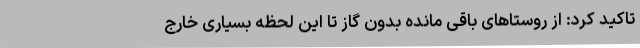
تاکید کرد: از روستاهای باقی مانده بدون گاز تا این لحظه بسیاری خارج